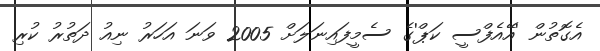
އެގޮތުން 'އޭއެފްސީ ކަޕް'ގެ ސެމީފައިނަލަށް 2005 ވަނަ އަހަރު ނިއު ދަތުރު ކުރި